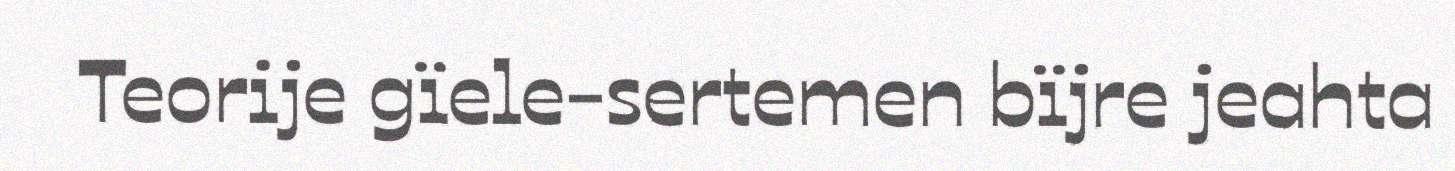
Teorije gïele-sertemen bïjre jeahta